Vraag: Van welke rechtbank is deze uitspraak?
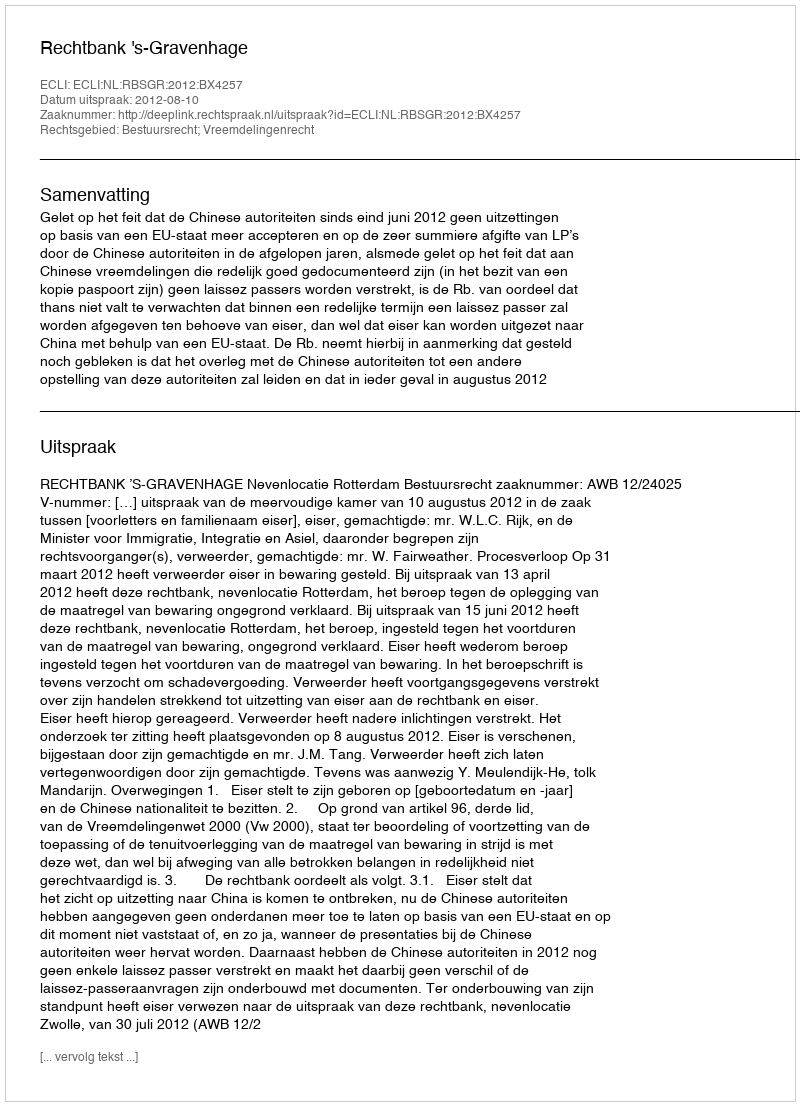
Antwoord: Rechtbank 's-Gravenhage